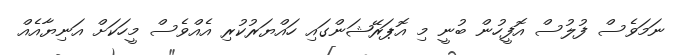
ނަމަވެސް ފުލުސް އޮފީހުން ބުނީ މި އޮޕަރޭޝަންގައި ހައްޔަރުކުރި އެއްވެސް މީހަކަށް އަނިޔާއެއް